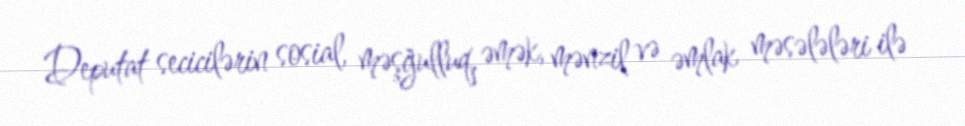
Deputat secicilərin sosial, məşğulluq, əmək, mənzil və əmlak məsələləri ilə